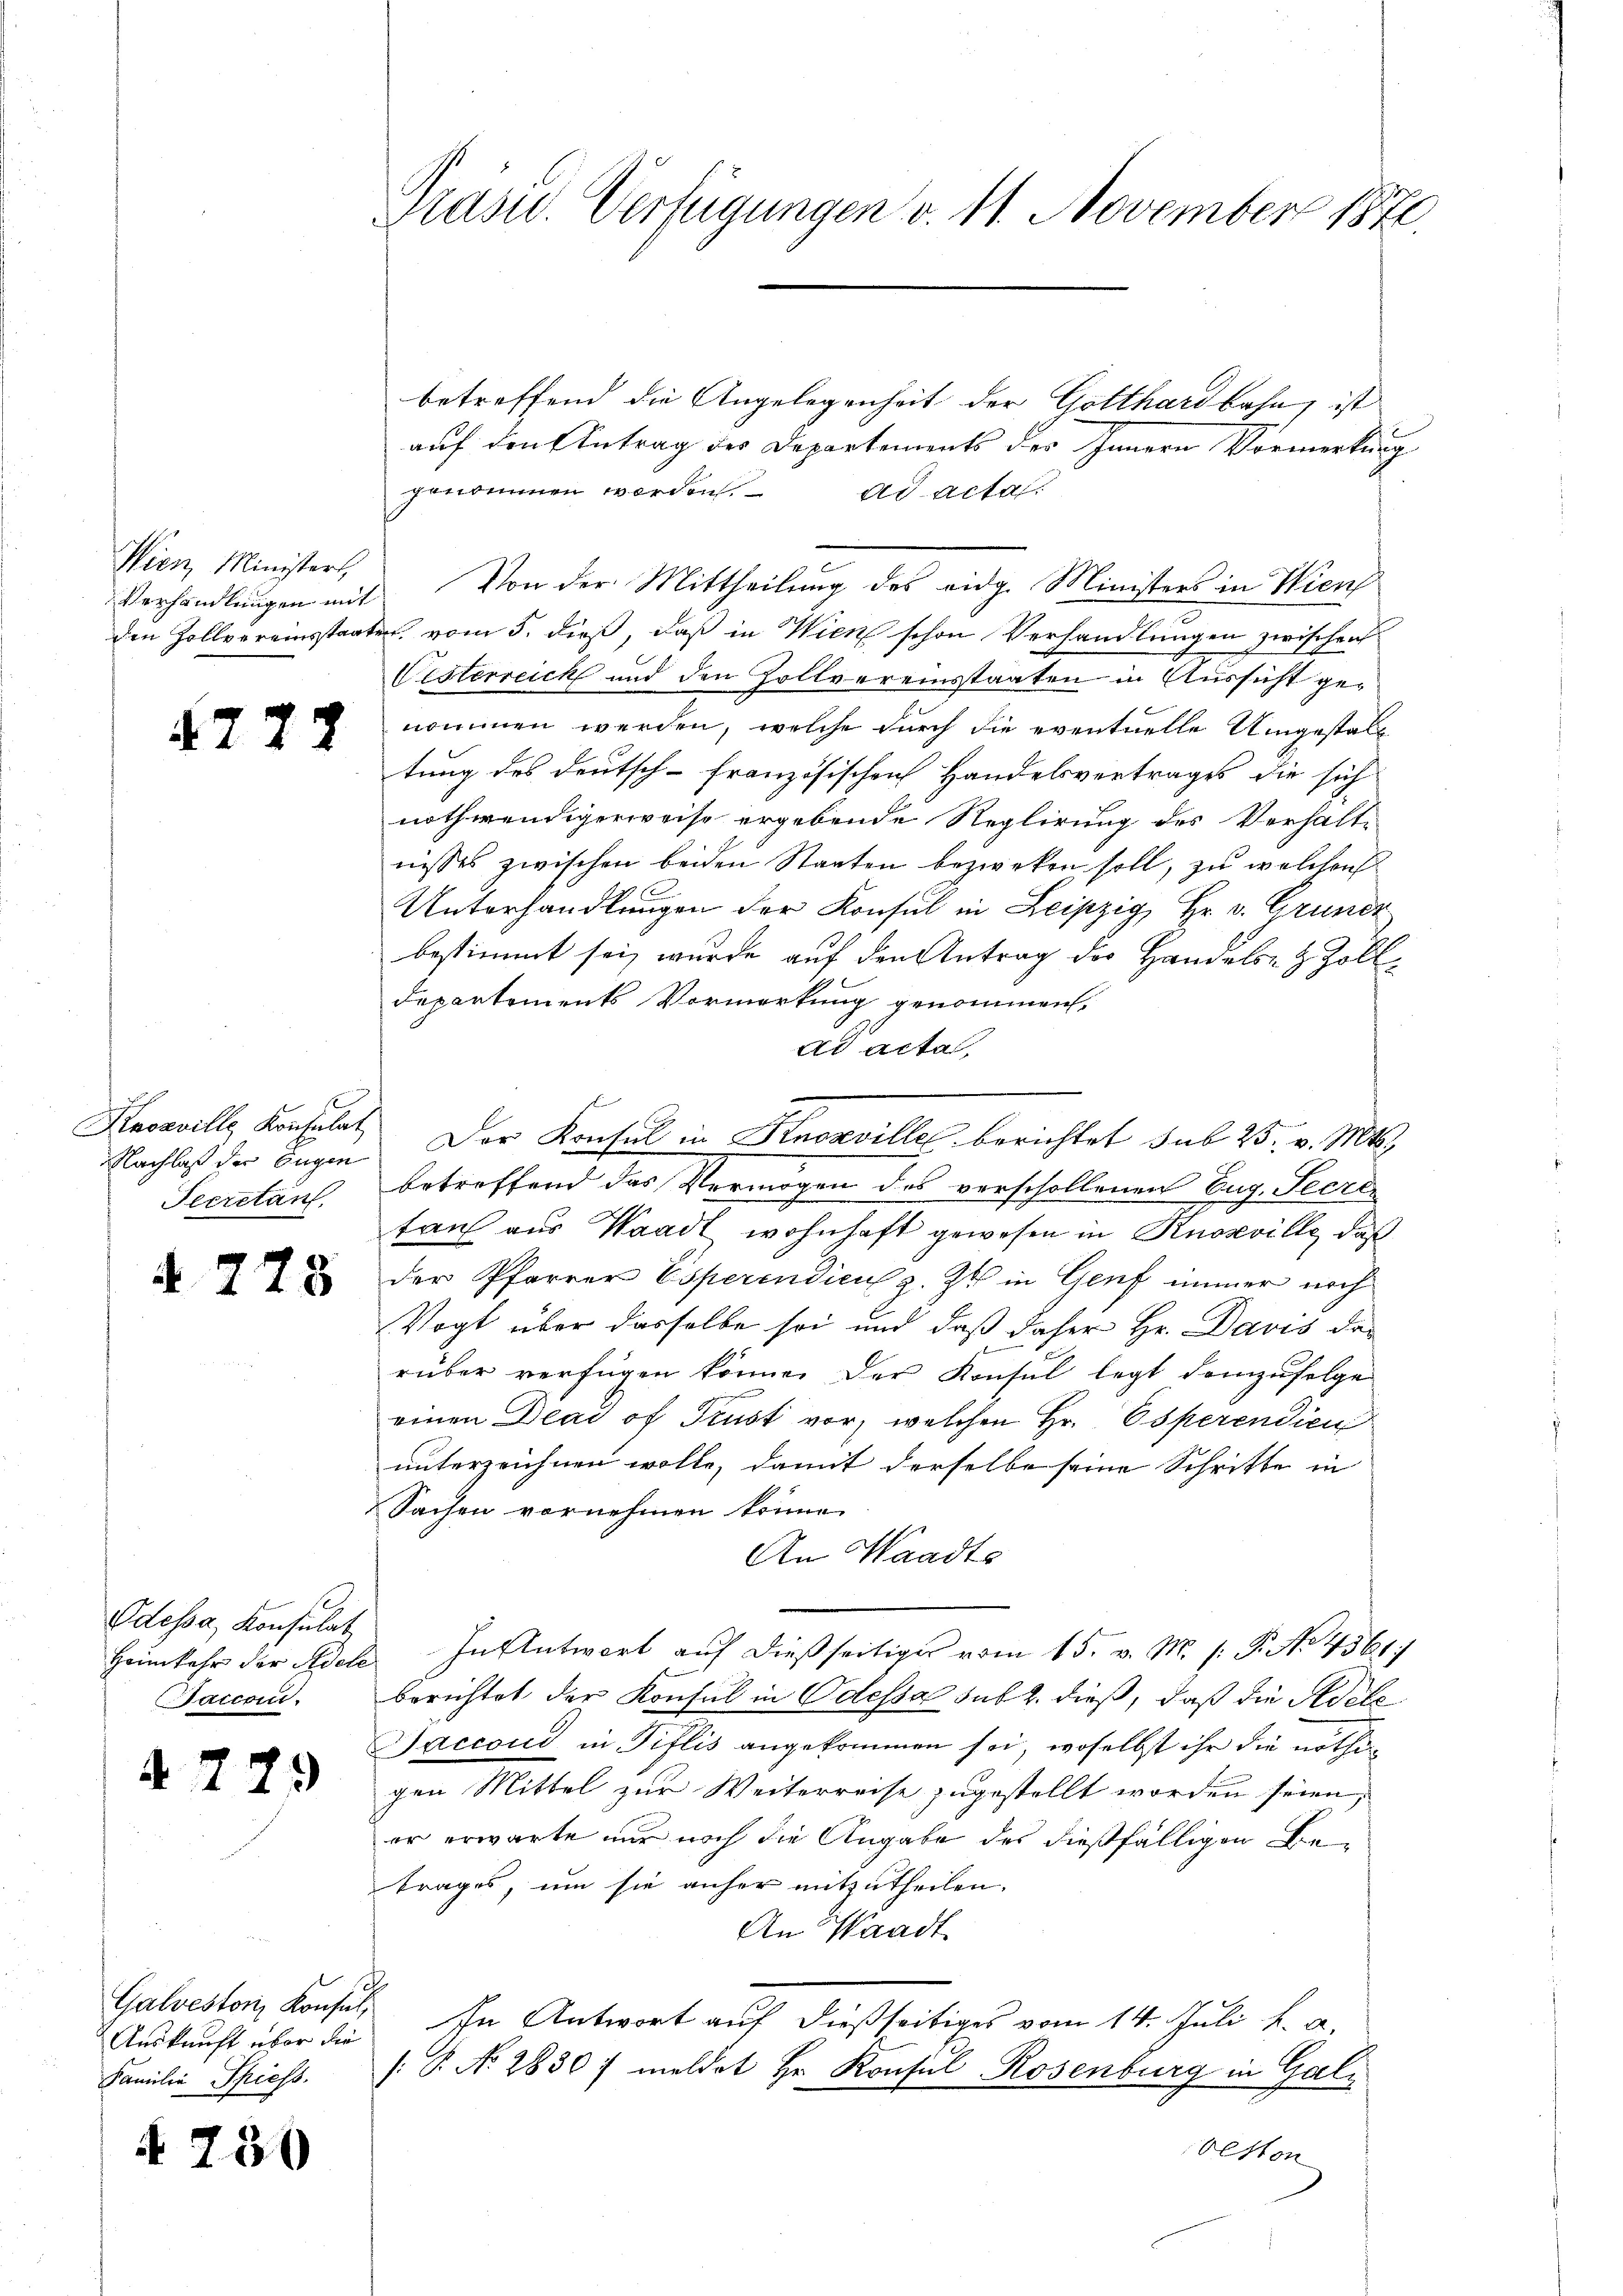
4772

Nachlaß der Eugen
Secretan

d 778.

Odessa, Konsulat
Saccoi.

4779

Galvestoris Konsul,
Auskunft über die
Familie Spiess.

4. 730

Präsid. Verfügungen v. 11. November 1876.

Wien, Ministert,
Verhandlungen mit

betreffend die Angelegenheit der Gotthardbahn, ist
auf den Antrag des Departements der Innern Vormerkung
genommen werden. ad acta.
Von der Mittheilung des eidg. Ministers in Wien
den Zollvereinsstaaten vom 5. dieß, daß in Wien schon Verhandlungen zwischen
Vesterreich und den Zollvereinsstaaten in Aussicht genommen werden, welche durch die eventuelle Umgestalt
tung des deutsch-französischen Handelsvertrages die sich
nothwendigerweise ergebende Reglirung des Verhält-
nisses zwischen beiden Staaten bezweken soll, zu welchen
Unterhandlungen der Konsul in Leipzig Hr. v. Grundz
bestimmt sei, wurde auf den Antrag der Handels- & Zolldepartements Vormerkung genommen,
ad acta,
.
betreffend das Vermögen des verschollenen Eug. Secre
tau aus Waadt wohnhaft gewesen in Knosville, daß
der Pfarrer Esperendicus z. Z. in Genf immer noch
Vogt über dasselbe sei und daß daher Hr. Davis der
rüber verfügen könne. Der Konsul legt demzufolge
einen Dead of Prust vor, welchen Hr. Osperendien
unterzeichnen wolle, damit derselbe seine Schritte in
Sachen vornehmen könne.
An Waadts
Heimkehr der Adele In Antwort auf dießseitiges vom 15. v. M. (: P. No 4361
berichtet der Konsul in Odessa sub 2. dieß, daß die Adele
Saccoud in Pislis angekommen sei, woselbst ihr die nöthig
gen Mittel zur Weiterreise zugestellt worden seien,
er erwarte nur noch die Angabe des dießfälligen Betrages, um sie anher mitzutheilen.
An Waadt
In Antwort auf dießseitiges vom 14. Juli u. a.
: P. No 2830) meldet Hr. Konsul Rosenburg in Gali
Oekon

Kaveville Konsulat Der Konsul in Knoaville berichtet sub 25. v. Mts.